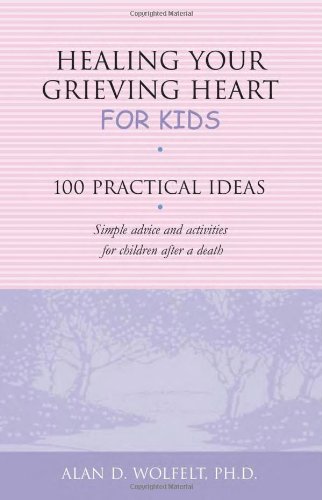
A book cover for Healing Your Grieving Heart for Kids: 100 Practical Ideas (Healing Your Grieving Heart series); Alan D. Wolfelt PhD; Teen & Young Adult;